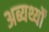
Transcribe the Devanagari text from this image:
अब्यर्थ्यों